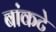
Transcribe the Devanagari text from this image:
बांकटे